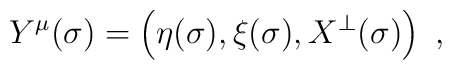
Y^\mu(\sigma)=\left(\eta(\sigma), \xi(\sigma), X^\bot(\sigma)\right)\ ,